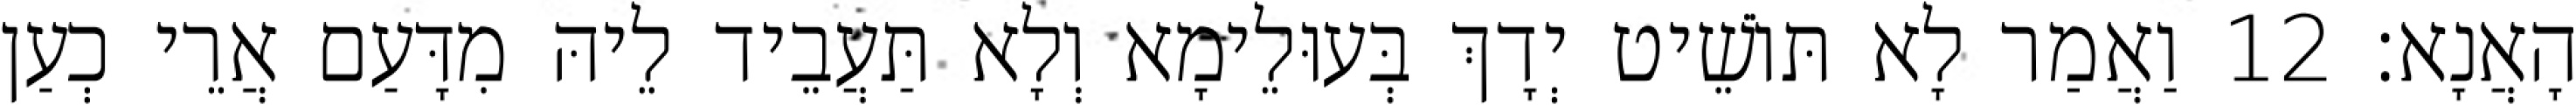
הָאֲנָא׃ 12 וַאֲמַר לָא תּוֹשֵׁיט יְדָךְ בְּעוּלֵימָא וְלָא תַּעֲבֵיד לֵיהּ מִדָּעַם אֲרֵי כְעַן